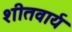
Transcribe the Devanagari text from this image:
शीतवार्य